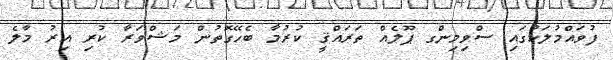
ފުވައްމުލަކުގައި ސްވިމިންގ ޕޫލެއް ތަރައްޤީ ކުރުމާ ބެހޭގޮތުން މަޝްވަރާ ކުރި އިރު މާލެ